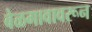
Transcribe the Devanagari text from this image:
बेळगावावरून